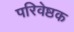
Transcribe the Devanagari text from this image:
परिवेष्ठक